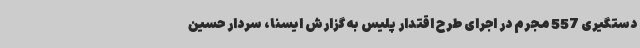
دستگیری 557 مجرم در اجرای طرح اقتدار پلیس به گزارش ایسنا، سردار حسین